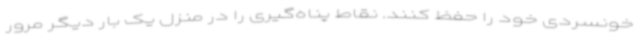
خونسردی خود را حفظ کنند. نقاط پناه‌گیری را در منزل یک بار دیگر مرور